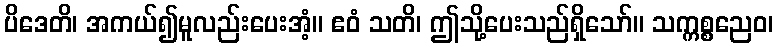
ပိဒေတိ၊ အကယ်၍မူလည်းပေးအံ့။ ဧဝံ သတိ၊ ဤသို့ပေးသည်ရှိသော်။ သက္ကစ္စညေဝ၊